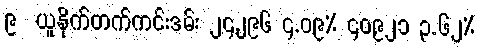
၉  ယူနိုက်တက်ကင်းဒမ်း ၂၄,၂၉၆ ၄.၀၉% ၄၀,၉၂၁ ၃.၆၂%